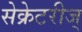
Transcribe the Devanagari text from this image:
सेक्रेटरीज्